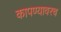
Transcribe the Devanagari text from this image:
कापण्यावरच